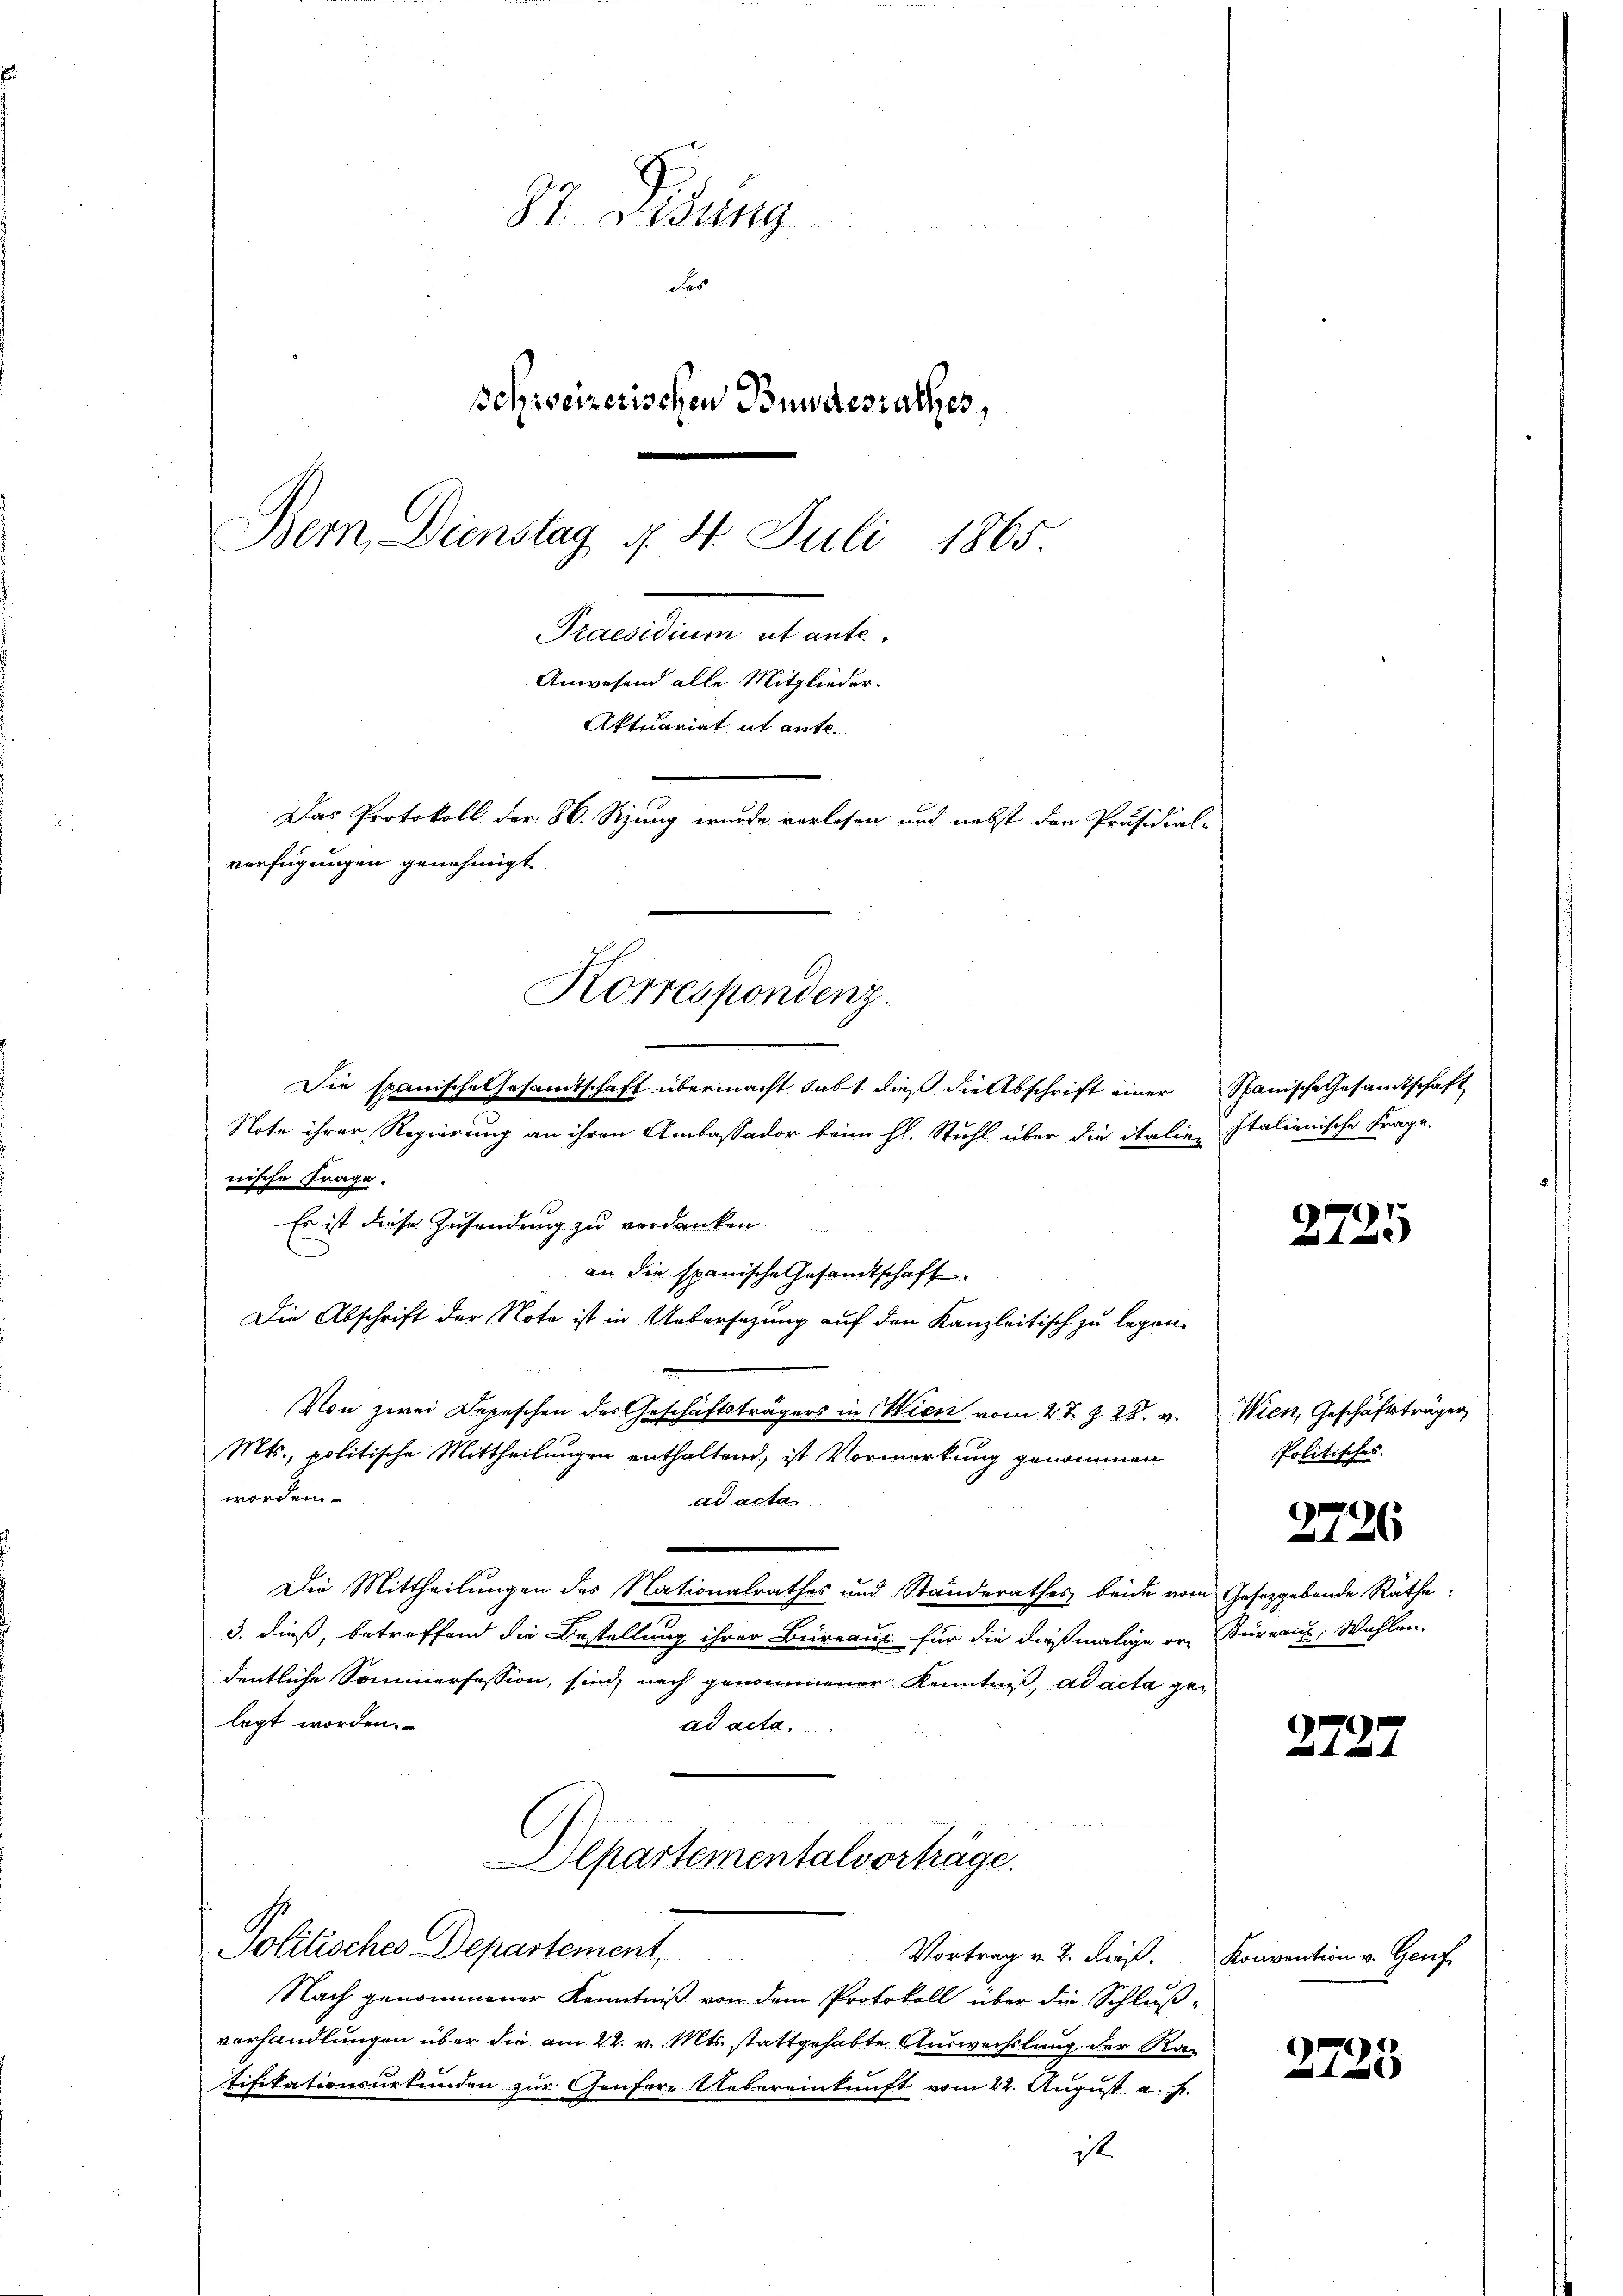
87. Disung
des
schweizerischen Bundesrathes,
Bem Dienstag §. 4. Juli 1865
uantum et art.
Anwesend alle Mitglieder.
Aktuariat it ente.
Das Protokoll der H. Stzung wurde vorlesen und nebst den Präsidial-
verfügungen genehmigt.

Sie spanische Gesandtschaft übermacht sabt, dieß die Abschrift einer
Note ihrer Regierung an ihren Ambassador beim hl. Stuhl über die italien
nische Frage.
Es ist diese Zusendung zu verdanken
an die spanische Gesandtschaft.
Die Abschrift der Note ist in Uebersatzung auf den Kanzleitisch zu legen.
Von zwei Depeschen des Geschäftsträgers in Wien vom 2te §. 28. v.
Mts., politische Mittheilungen enthaltend, ist Vormerkung genommen
worden.
ad acta
Die Mittheilungen des Nationalrathes und Standerathes beide vom Gesetzgebende Räthe:
3. dieß, betreffend die Bestellung ihrer Bureaus für die dießmalige er, Büreaus: Wahlen.
dentliche Sommerfession, sind nach genommener Kenntniß, ad acta gelegt worden.
ad acta.
oder Verlesenden

Korrespondenz.

Departementalvorträge.
Politisches Departement, Vortrag v. 2. dieß. Konvention v. Genf

Nach genommener Kenntniß von dem Protokoll über die Schlußverhandlungen über die am 22. v. Mts. stattgehabte Auswechslung der Katifikationsurkunden zur Genfere Uebereinkunft vom 22. August a. f.
ist.

Spanische Gesamtschaft
Italienische Frage.

2725

Wien, Geschäftsträger,
Politisches.

2726

2727

2725